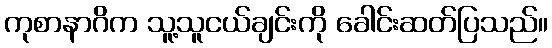
ကုစာနာဂိက သူ့သူငယ်ချင်းကို ခေါင်းဆတ်ပြသည်။